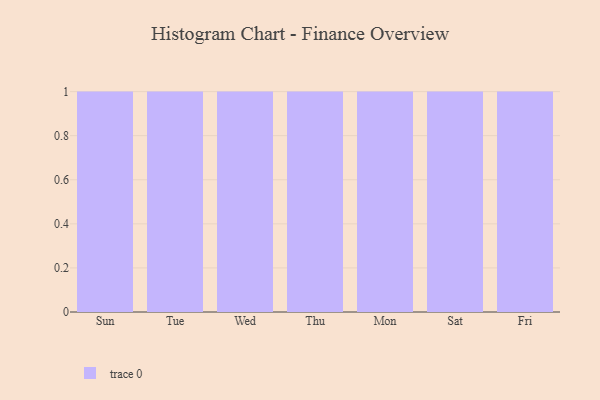
{"axis": {"x": "Day", "y": "Website Visitors"}, "legend": [""], "data": [{"x": "Sun", "y": 42, "type": ""}, {"x": "Tue", "y": 45, "type": ""}, {"x": "Wed", "y": 36, "type": ""}, {"x": "Thu", "y": 37, "type": ""}, {"x": "Mon", "y": 33, "type": ""}, {"x": "Sat", "y": 17, "type": ""}, {"x": "Fri", "y": 2, "type": ""}]}